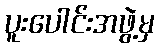
ပူးပေါင်းအဖွဲ့မှ